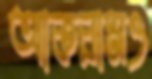
আকরামও